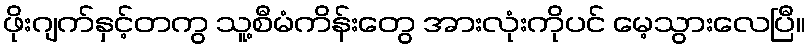
ဖိုးဂျက်နှင့်တကွ သူ့စီမံကိန်းတွေ အားလုံးကိုပင် မေ့သွားလေပြီ။